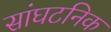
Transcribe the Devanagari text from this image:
सांघटनिक